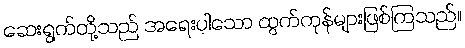
ဆေးရွက်တို့သည် အရေးပါသော ထွက်ကုန်များဖြစ်ကြသည်။